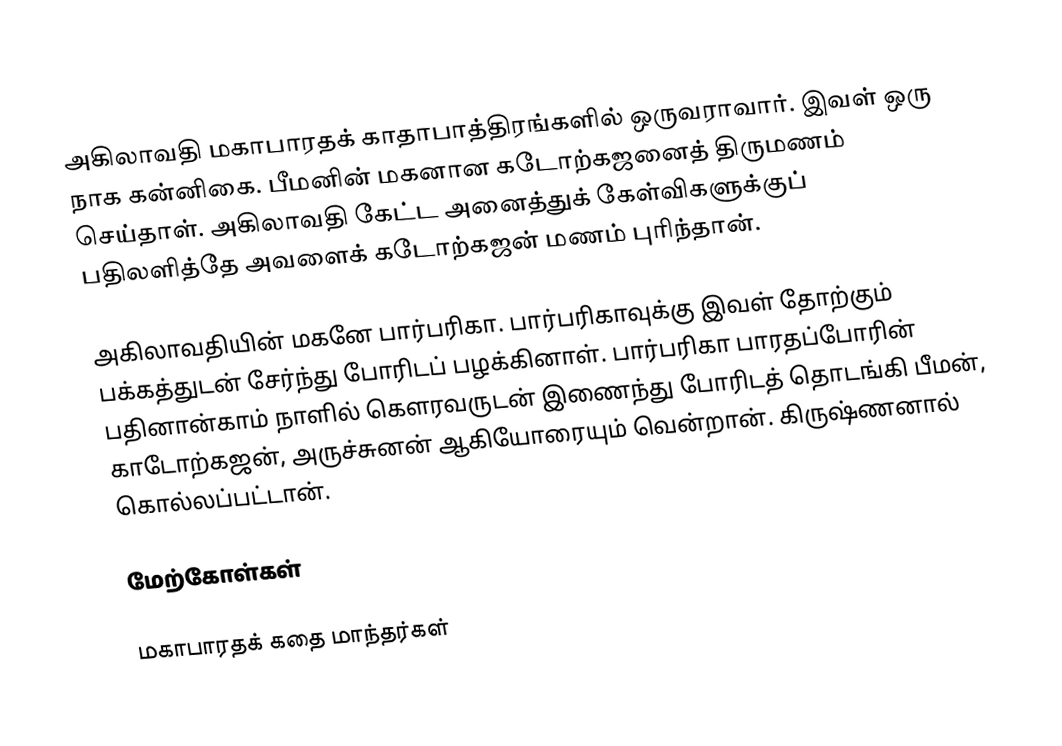
அகிலாவதி மகாபாரதக் காதாபாத்திரங்களில் ஒருவராவார். இவள் ஒரு நாக கன்னிகை. பீமனின் மகனான கடோற்கஜனைத் திருமணம் செய்தாள். அகிலாவதி கேட்ட அனைத்துக் கேள்விகளுக்குப் பதிலளித்தே அவளைக் கடோற்கஜன் மணம் புரிந்தான்.

அகிலாவதியின் மகனே பார்பரிகா. பார்பரிகாவுக்கு இவள் தோற்கும் பக்கத்துடன் சேர்ந்து போரிடப் பழக்கினாள். பார்பரிகா பாரதப்போரின் பதினான்காம் நாளில் கௌரவருடன் இணைந்து போரிடத் தொடங்கி பீமன், காடோற்கஜன், அருச்சுனன் ஆகியோரையும் வென்றான். கிருஷ்ணனால் கொல்லப்பட்டான்.

மேற்கோள்கள்

மகாபாரதக் கதை மாந்தர்கள்